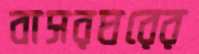
বাসরঘরের